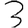
Digit: 3